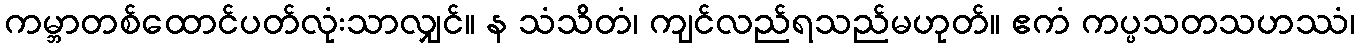
ကမ္ဘာတစ်ထောင်ပတ်လုံးသာလျှင်။ န သံသိတံ၊ ကျင်လည်ရသည်မဟုတ်။ ဧကံ ကပ္ပသတသဟဿံ၊